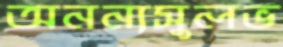
অনন্যসুলভ